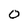
Character: 0